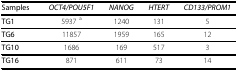
<table><thead><tr><td><b>Samples</b></td><td><b><i>OCT4/POU5F1</i></b></td><td><b><i>NANOG</i></b></td><td><b><i>HTERT</i></b></td><td><b><i>CD133/PROM1</i></b></td></tr></thead><tbody><tr><td><b>TG1</b></td><td>5937 <sup>a</sup></td><td>1240</td><td>131</td><td>5</td></tr><tr><td><b>TG6</b></td><td>11857</td><td>1959</td><td>165</td><td>12</td></tr><tr><td><b>TG10</b></td><td>1686</td><td>169</td><td>517</td><td>3</td></tr><tr><td><b>TG16</b></td><td>871</td><td>611</td><td>73</td><td>14</td></tr></tbody></table>